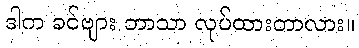
ဒါက ခင်ဗျား ဘာသာ လုပ်ထားတာလား။